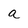
Character: a